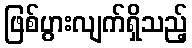
ဖြစ်ပွားလျက်ရှိသည့်